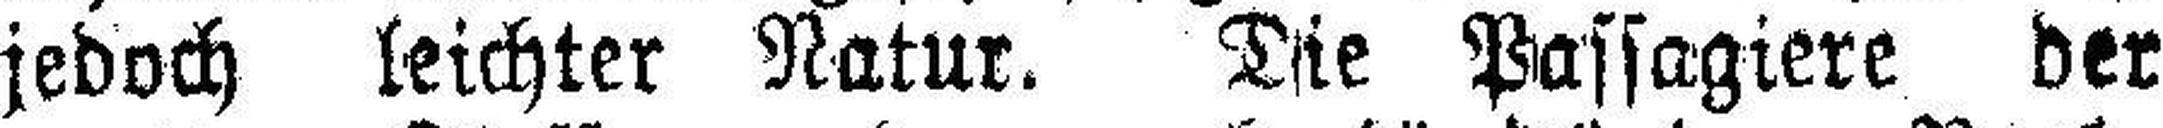
jedoch leichter Natur. Die Passagiere der